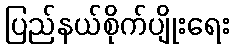
ပြည်နယ်စိုက်ပျိုးရေး